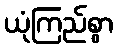
ယုံကြည်စွာ